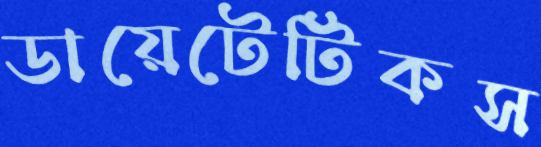
ডায়েটেটিকস